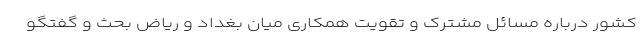
کشور درباره مسائل مشترک و تقویت همکاری میان بغداد و ریاض بحث و گفتگو